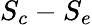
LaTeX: S_{c}-S_{e}